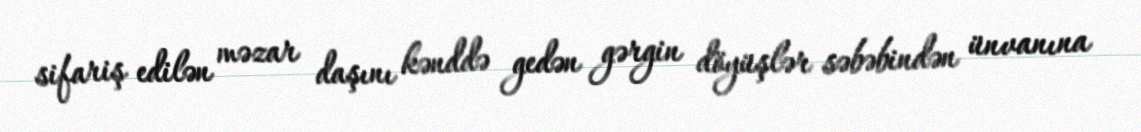
sifariş edilən məzar daşını kənddə gedən gərgin döyüşlər səbəbindən ünvanına